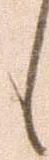
候